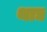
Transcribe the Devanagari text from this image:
थाद्य